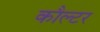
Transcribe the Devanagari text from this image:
कौल्टर